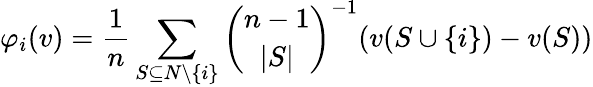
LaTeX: \varphi_{i}(v)={\frac{1}{n}}\sum_{S\subseteq N\setminus\{ i\} }{\binom{n-1}{|S|}}^{-1}(v(S\cup\{ i\} )-v(S))